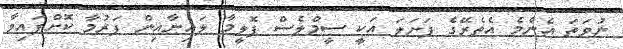
ނުވަތަ އެންމެ އެތެރޭގެ ފަށަލަ އަކީ ސީމްލެސް ޕޮލީމާ ލައިނާއިން ފަރުމާ ކޮށްފައިވާ